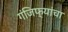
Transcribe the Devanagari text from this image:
गंजिफ्यांचा